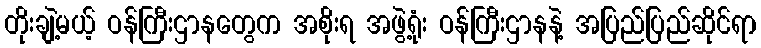
တိုးချဲ့မယ့် ဝန်ကြီးဌာနတွေက အစိုးရ အဖွဲ့ရုံး ဝန်ကြီးဌာနနဲ့ အပြည်ပြည်ဆိုင်ရာ